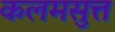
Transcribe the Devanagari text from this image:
कलमसुत्त